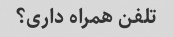
تلفن همراه داری؟